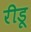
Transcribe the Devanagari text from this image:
रीडू